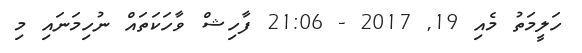
ހަލީމަތު މެއި 19